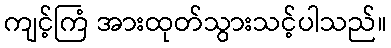
ကျင့်ကြံ အားထုတ်သွားသင့်ပါသည်။